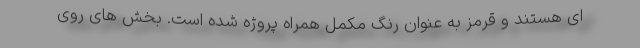
ای هستند و قرمز به عنوان رنگ مکمل همراه پروژه شده است. بخش های روی